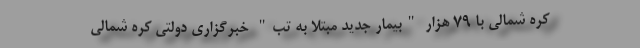
کره شمالی با ۷۹ هزار "بیمار جدید مبتلا به تب" خبرگزاری دولتی کره شمالی